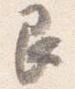
艮